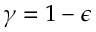
\gamma = 1 - \epsilon